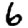
Digit: 6